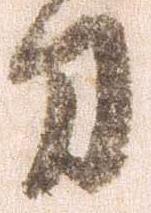
刀